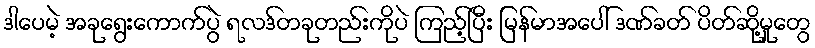
ဒါပေမဲ့ အခုရွေးကောက်ပွဲ ရလဒ်တခုတည်းကိုပဲ ကြည့်ပြီး မြန်မာအပေါ် ဒဏ်ခတ် ပိတ်ဆို့မှုတွေ